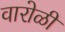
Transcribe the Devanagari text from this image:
वारोळी